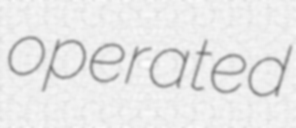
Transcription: operated